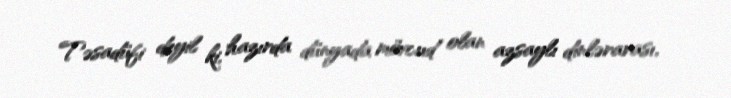
Təsadüfi deyil ki, hazırda dünyada mövcud olan azsaylı dinlərarası,